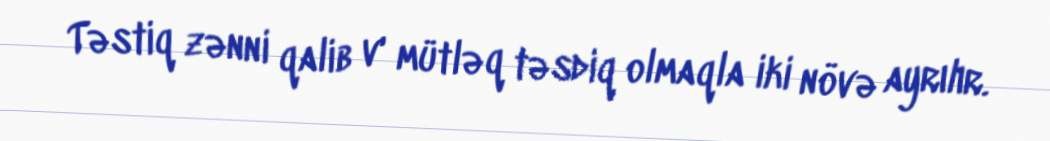
Təstiq zənni qalib v' mütləq təsdiq olmaqla iki növə ayrılır.